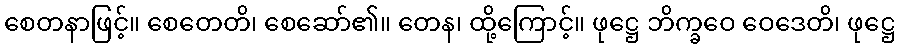
စေတနာဖြင့်။ စေတေတိ၊ စေဆော်၏။ တေန၊ ထို့ကြောင့်။ ဖုဋ္ဌေ ဘိက္ခဝေ ဝေဒေတိ၊ ဖုဋ္ဌေ